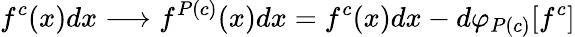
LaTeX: f^{c}(x)dx\longrightarrow f^{P(c)}(x)dx=f^{c}(x)dx-d\varphi_{P(c)}[f^{c}]